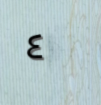
٤